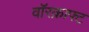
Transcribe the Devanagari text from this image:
वॉरक्राफ्ट